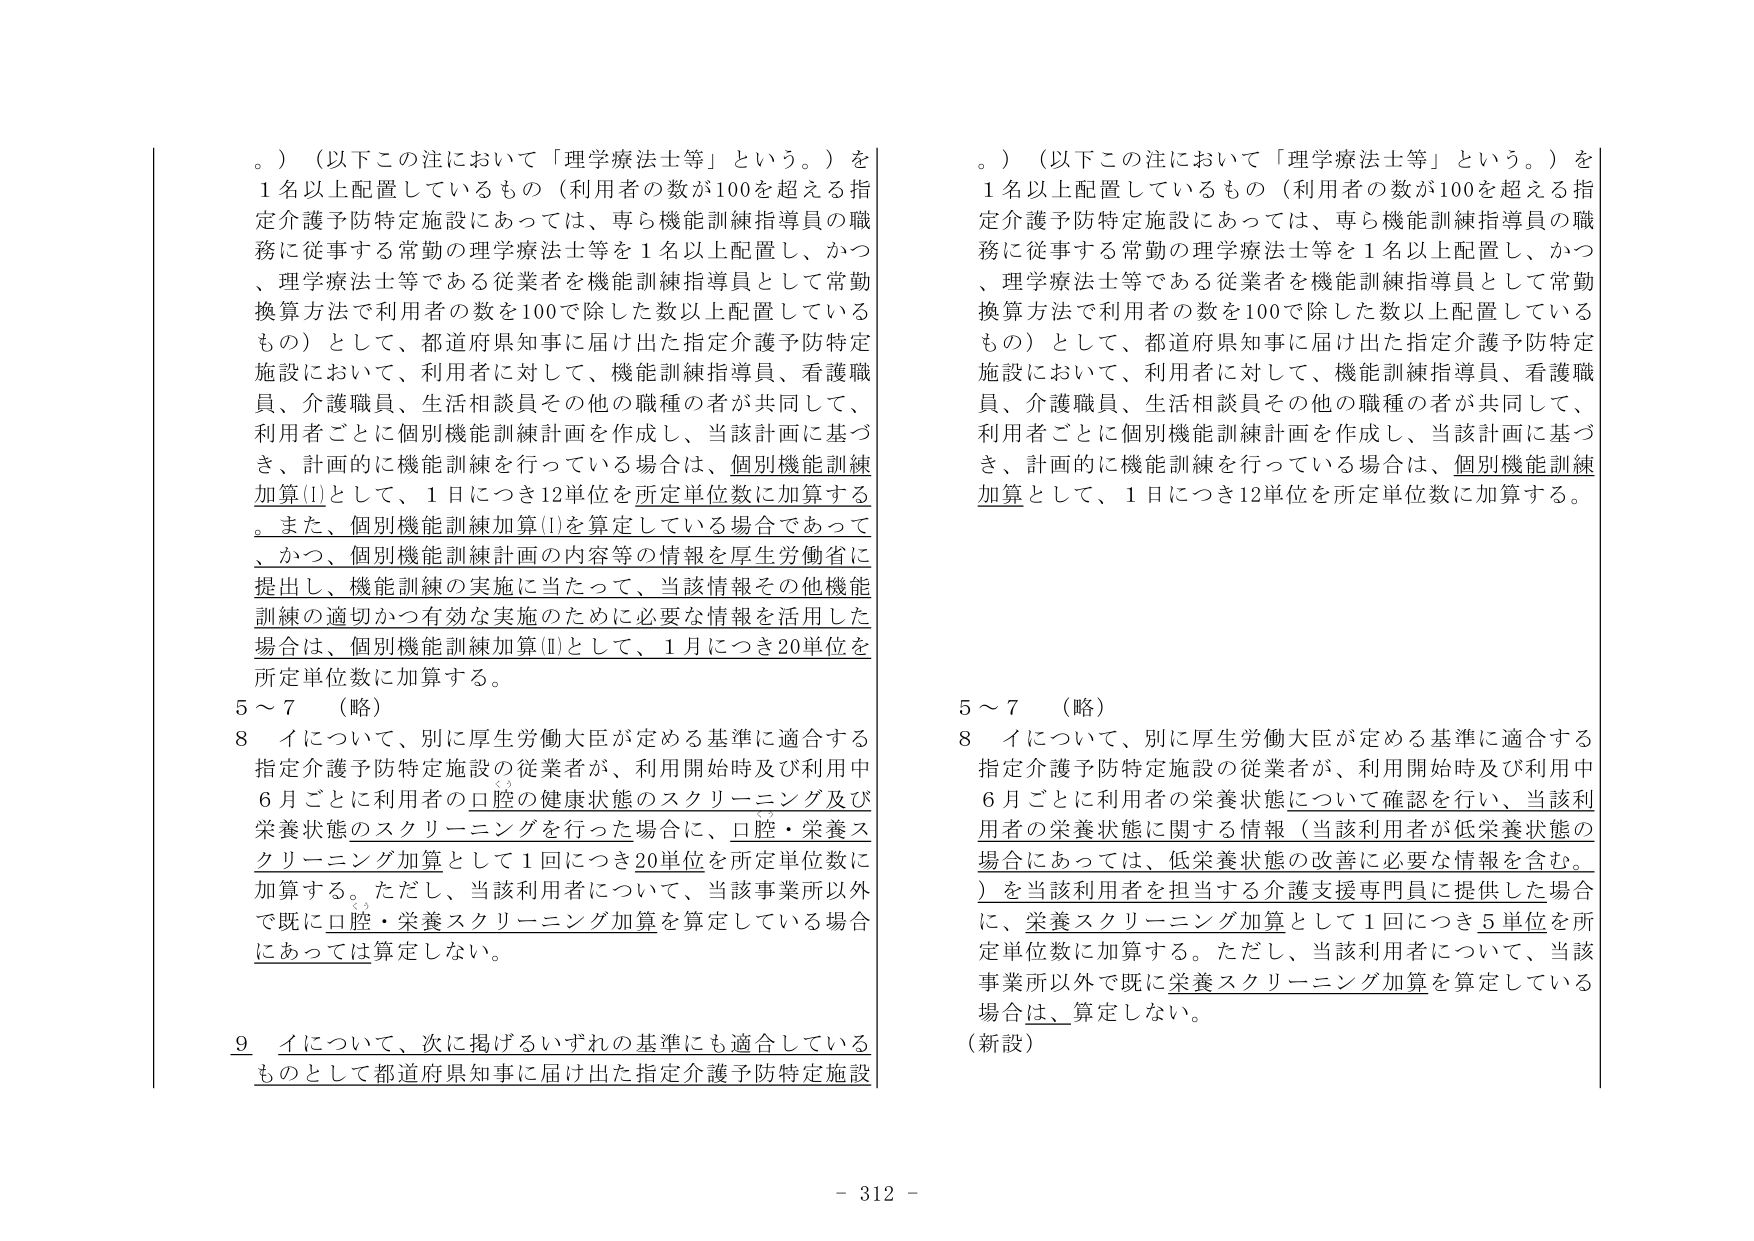
。）（以下この注において「理学療法士等」という。）を
1名以上配置しているもの（利用者の数が100を超える指定介護予防特定施設にあっては、専ら機能訓練指導員の職務に従事する常勤の理学療法士等を1名以上配置し、かつ、理学療法士等である従業者を機能訓練指導員として常勤換算方法で利用者の数を100で除した数以上配置しているもの）として、都道府県知事に届け出た指定介護予防特定施設において、利用者に対して、機能訓練指導員、看護職員、介護職員、生活相談員その他の職種の者が共同して、利用者ごとに個別機能訓練計画を作成し、当該計画に基づき、計画的に機能訓練を行っている場合は、個別機能訓練加算(Ⅰ)として、1日につき12単位を所定単位数に加算する。また、個別機能訓練加算(Ⅰ)を算定している場合であって、かつ、個別機能訓練計画の内容等の情報を厚生労働省に提出し、機能訓練の実施に当たって、当該情報その他機能訓練の適切かつ有効な実施のために必要な情報を活用した場合は、個別機能訓練加算(Ⅱ)として、1月につき20単位を所定単位数に加算する。
5～7 （略）
8 イについて、別に厚生労働大臣が定める基準に適合する指定介護予防特定施設の従業者が、利用開始時及び利用中6月ごとに利用者の口腔の健康状態のスクリーニング及び栄養状態のスクリーニングを行った場合に、口腔・栄養スクリーニング加算として1回につき20単位を所定単位数に加算する。ただし、当該利用者について、当該事業所以外で既に口腔・栄養スクリーニング加算を算定している場合にあっては算定しない。
9 イについて、次に掲げるいずれの基準にも適合しているものとして都道府県知事に届け出た指定介護予防特定施設

。）（以下この注において「理学療法士等」という。）を
1名以上配置しているもの（利用者の数が100を超える指定介護予防特定施設にあっては、専ら機能訓練指導員の職務に従事する常勤の理学療法士等を1名以上配置し、かつ、理学療法士等である従業者を機能訓練指導員として常勤換算方法で利用者の数を100で除した数以上配置しているもの）として、都道府県知事に届け出た指定介護予防特定施設において、利用者に対して、機能訓練指導員、看護職員、介護職員、生活相談員その他の職種の者が共同して、利用者ごとに個別機能訓練計画を作成し、当該計画に基づき、計画的に機能訓練を行っている場合は、個別機能訓練加算として、1日につき12単位を所定単位数に加算する。
5～7 （略）
8 イについて、別に厚生労働大臣が定める基準に適合する指定介護予防特定施設の従業者が、利用開始時及び利用中6月ごとに利用者の栄養状態について確認を行い、当該利用者の栄養状態に関する情報（当該利用者が低栄養状態の場合にあっては、低栄養状態の改善に必要な情報を含む。）を当該利用者を担当する介護支援専門員に提供した場合に、栄養スクリーニング加算として1回につき5単位を所定単位数に加算する。ただし、当該利用者について、当該事業所以外で既に栄養スクリーニング加算を算定している場合は、算定しない。
（新設）

- 312 -